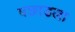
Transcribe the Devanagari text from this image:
पछाडला